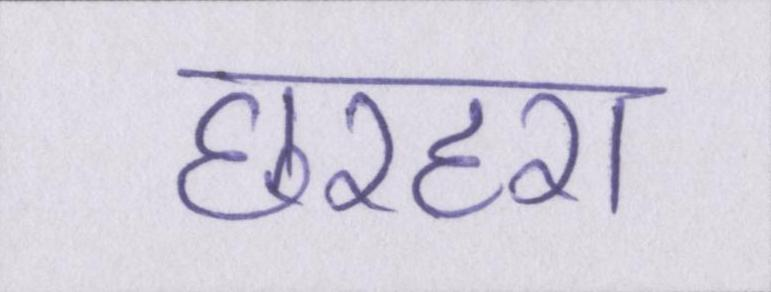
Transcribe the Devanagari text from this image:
छरहरा